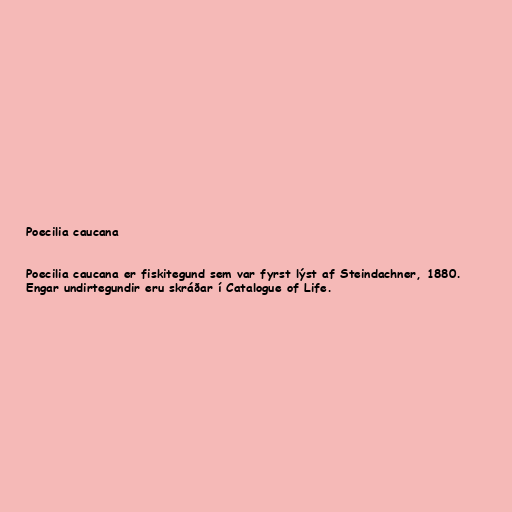
Poecilia caucana

Poecilia caucana er fiskitegund sem var fyrst lýst af Steindachner, 1880.
Engar undirtegundir eru skráðar í Catalogue of Life.